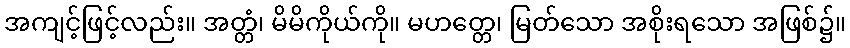
အကျင့်ဖြင့်လည်း။ အတ္တံ၊ မိမိကိုယ်ကို။ မဟတ္တေ၊ မြတ်သော အစိုးရသော အဖြစ်၌။